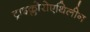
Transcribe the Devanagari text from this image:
ट्राइक्लोरोएथिलीन